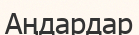
Аңдардар